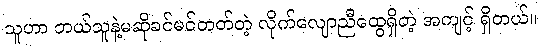
သူဟာ ဘယ်သူနဲ့မဆိုခင်မင်တတ်တဲ့ လိုက်လျောညီထွေရှိတဲ့ အကျင့် ရှိတယ်။